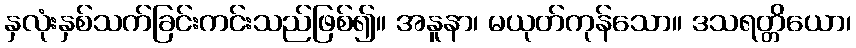
နှလုံးနှစ်သက်ခြင်းကင်းသည်ဖြစ်၍။ အနူနာ၊ မယုတ်ကုန်သော။ ဒသရတ္တိယော၊